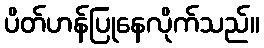
ပိတ်ဟန်ပြုနေလိုက်သည်။